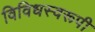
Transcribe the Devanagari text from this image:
विविधस्वरूपी